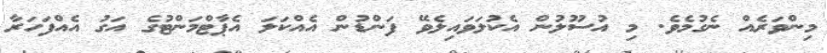
މިންވަރެއް ނެގުމެވެ. މި އުސޫލުން އެކުލަވައިލެވޭ ފަންޑުން އެއްކަލަ އެޕާޓްމަންޓުގެ އަގު އެއްފަހަރާ